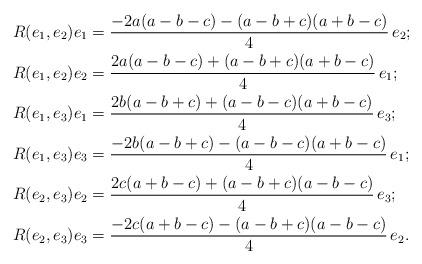
LaTeX: \begin{align*} R(e_1,e_2)e_1&=\dfrac{-2a(a-b-c)-(a-b+c)(a+b-c)}{4}\,e_2;\\ R(e_1,e_2)e_2&=\dfrac{2a(a-b-c)+(a-b+c)(a+b-c)}{4}\,e_1;\\ R(e_1,e_3)e_1&=\dfrac{2b(a-b+c)+(a-b-c)(a+b-c)}{4}\,e_3;\\ R(e_1,e_3)e_3&=\dfrac{-2b(a-b+c)-(a-b-c)(a+b-c)}{4}\,e_1;\\ R(e_2,e_3)e_2&=\dfrac{2c(a+b-c)+(a-b+c)(a-b-c)}{4}\,e_3;\\R(e_2,e_3)e_3&=\dfrac{-2c(a+b-c)-(a-b+c)(a-b-c)}{4}\,e_2.\end{align*}